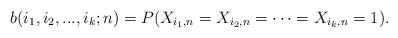
LaTeX: \begin{align*}b(i_{1},i_{2},...,i_{k};n) = P(X_{i_{1},n} = X_{i_{2},n}= \cdots = X_{i_{k},n}=1).\end{align*}